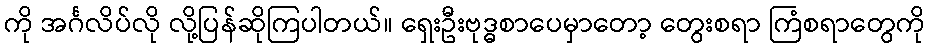
ကို အင်္ဂလိပ်လို လို့ပြန်ဆိုကြပါတယ်။ ရှေးဦးဗုဒ္ဓစာပေမှာတော့ တွေးစရာ ကြံစရာတွေကို